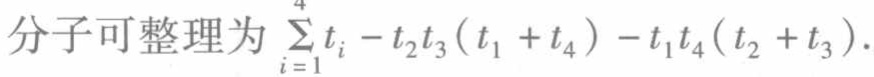
分子可整理为 \(\sum_{i = 1}^{4} t_{i} - t_{2}t_{3}(t_{1} + t_{4}) - t_{1}t_{4}(t_{2} + t_{3})\).